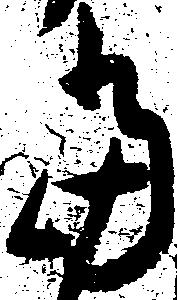
当